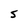
Character: s